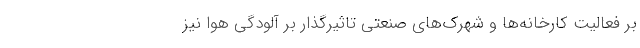
بر فعالیت کارخانه‌ها و شهرک‌های صنعتی تاثیرگذار بر آلودگی هوا نیز